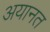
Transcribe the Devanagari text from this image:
अयानत